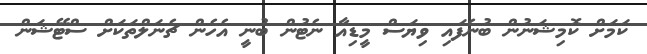
ކަމަށް ކޮމިޝަނުން ބުނެފައި ވިޔަސް މީޑިއާ ނެޓުން ބުނީ އެހެން ޗެނަލްތަކަށް ސްޓޭޝަން